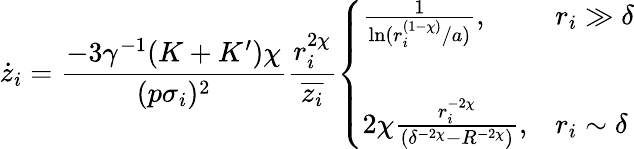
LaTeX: \dot{z}_{i}=\frac{-3\gamma^{-1}(K+K^{\prime})\chi}{(p\sigma_{i})^{2}}\frac{r_{i}^{2\chi}}{\overline{{z_{i}}}}\left\{ \begin{array}{ll}{\frac{1}{\ln(r_{i}^{(1-\chi)}/a)},}&{r_{i}\gg\delta}\\ {~}\\ {2\chi\frac{r_{i}^{-2\chi}}{\left(\delta^{-2\chi}-R^{-2\chi}\right)},}&{r_{i}\sim\delta}\end{array}\right.